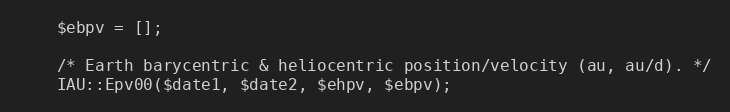
Language: PHP
    $ebpv = [];

    /* Earth barycentric & heliocentric position/velocity (au, au/d). */
    IAU::Epv00($date1, $date2, $ehpv, $ebpv);